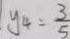
y _ { 4 } = \frac { 3 } { 5 }